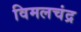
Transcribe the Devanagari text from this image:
विमलचंद्र